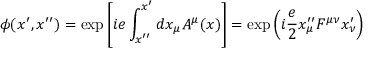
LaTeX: \phi ( x ^ { \prime } , x ^ { \prime \prime } ) = \exp \left[ i e \int _ { x ^ { \prime \prime } } ^ { x ^ { \prime } } d x _ { \mu } A ^ { \mu } ( x ) \right] = \exp \left( i { \frac { e } { 2 } } x _ { \mu } ^ { \prime \prime } F ^ { \mu \nu } x _ { \nu } ^ { \prime } \right)